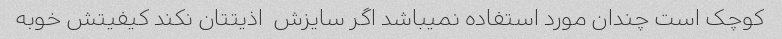
کوچک است چندان مورد استفاده نمیباشد اگر سایزش  اذیتتان نکند کیفیتش خوبه